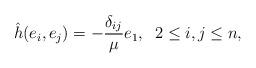
LaTeX: \begin{align*} \hat h(e_i,e_j)=-\frac{\delta_{ij}}{\mu}e_1,\;\; 2\leq i,j\leq n,\end{align*}